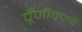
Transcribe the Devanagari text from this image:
पूँजीवाली